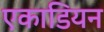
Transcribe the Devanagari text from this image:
एकाडियन